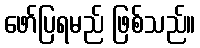
ဖော်ပြရမည် ဖြစ်သည်။